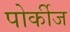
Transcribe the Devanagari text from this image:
पोर्कीज